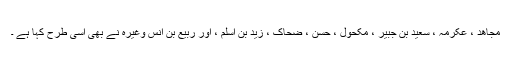
مجاھد ، عکرمہ ، سعید بن جبیر ، مکحول ، حسن ، ضحاک ، زيد بن اسلم ، اور ربیع بن انس وغیرہ نے بھی اسی طرح کہا ہے ۔